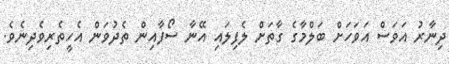
ދިނާރު އަވަސް އަވަހަށް ބަލްމާގެ ގާތަށް ލެފިލައި އޭނާ ސޯފާއިން ތެދުވަން އެހީތެރިވެދިނެވެ.